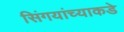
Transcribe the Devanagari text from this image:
सिंगयांच्याकडे